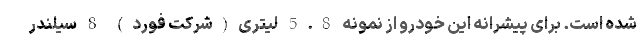
شده است. برای پیشرانه این خودرو از نمونه 5.8 لیتری(شرکت فورد) 8 سیلندر